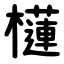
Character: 櫣